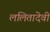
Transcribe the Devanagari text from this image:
ललितादेवी